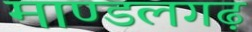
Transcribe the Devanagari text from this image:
माण्डलगढ़